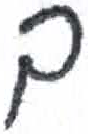
אות: ך